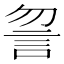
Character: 𧥲